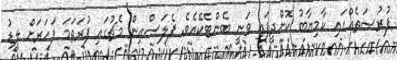
ފުރުޞަތެއްގައި ކާމިޔާބު ކޮށްދީފައި ވަނީ ބެންޓެކޭއެވެ. ޕެލަސްއިން މެޗުގައި ފުރަތަމަ ފަހަރަށް ލީޑު